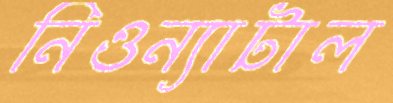
নিওন্যাটাল